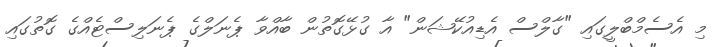
މި އެސެމްބްލީގައި "ގާލްސް އެޑިއުކޭޝަން" އާ ގުޅޭގޮތުން ބާއްވާ ޕެނަލްގެ ޕެނަލިސްޓެއްގެ ގޮތުގައި